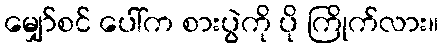
မျှော်စင် ပေါ်က စားပွဲကို ပို ကြိုက်လား။